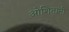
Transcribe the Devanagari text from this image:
ओशितानी